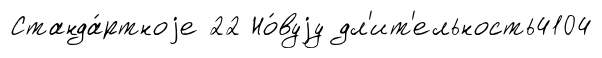
Станда́ртноjе 22 Но́вуjу дл'ит'ельность4104